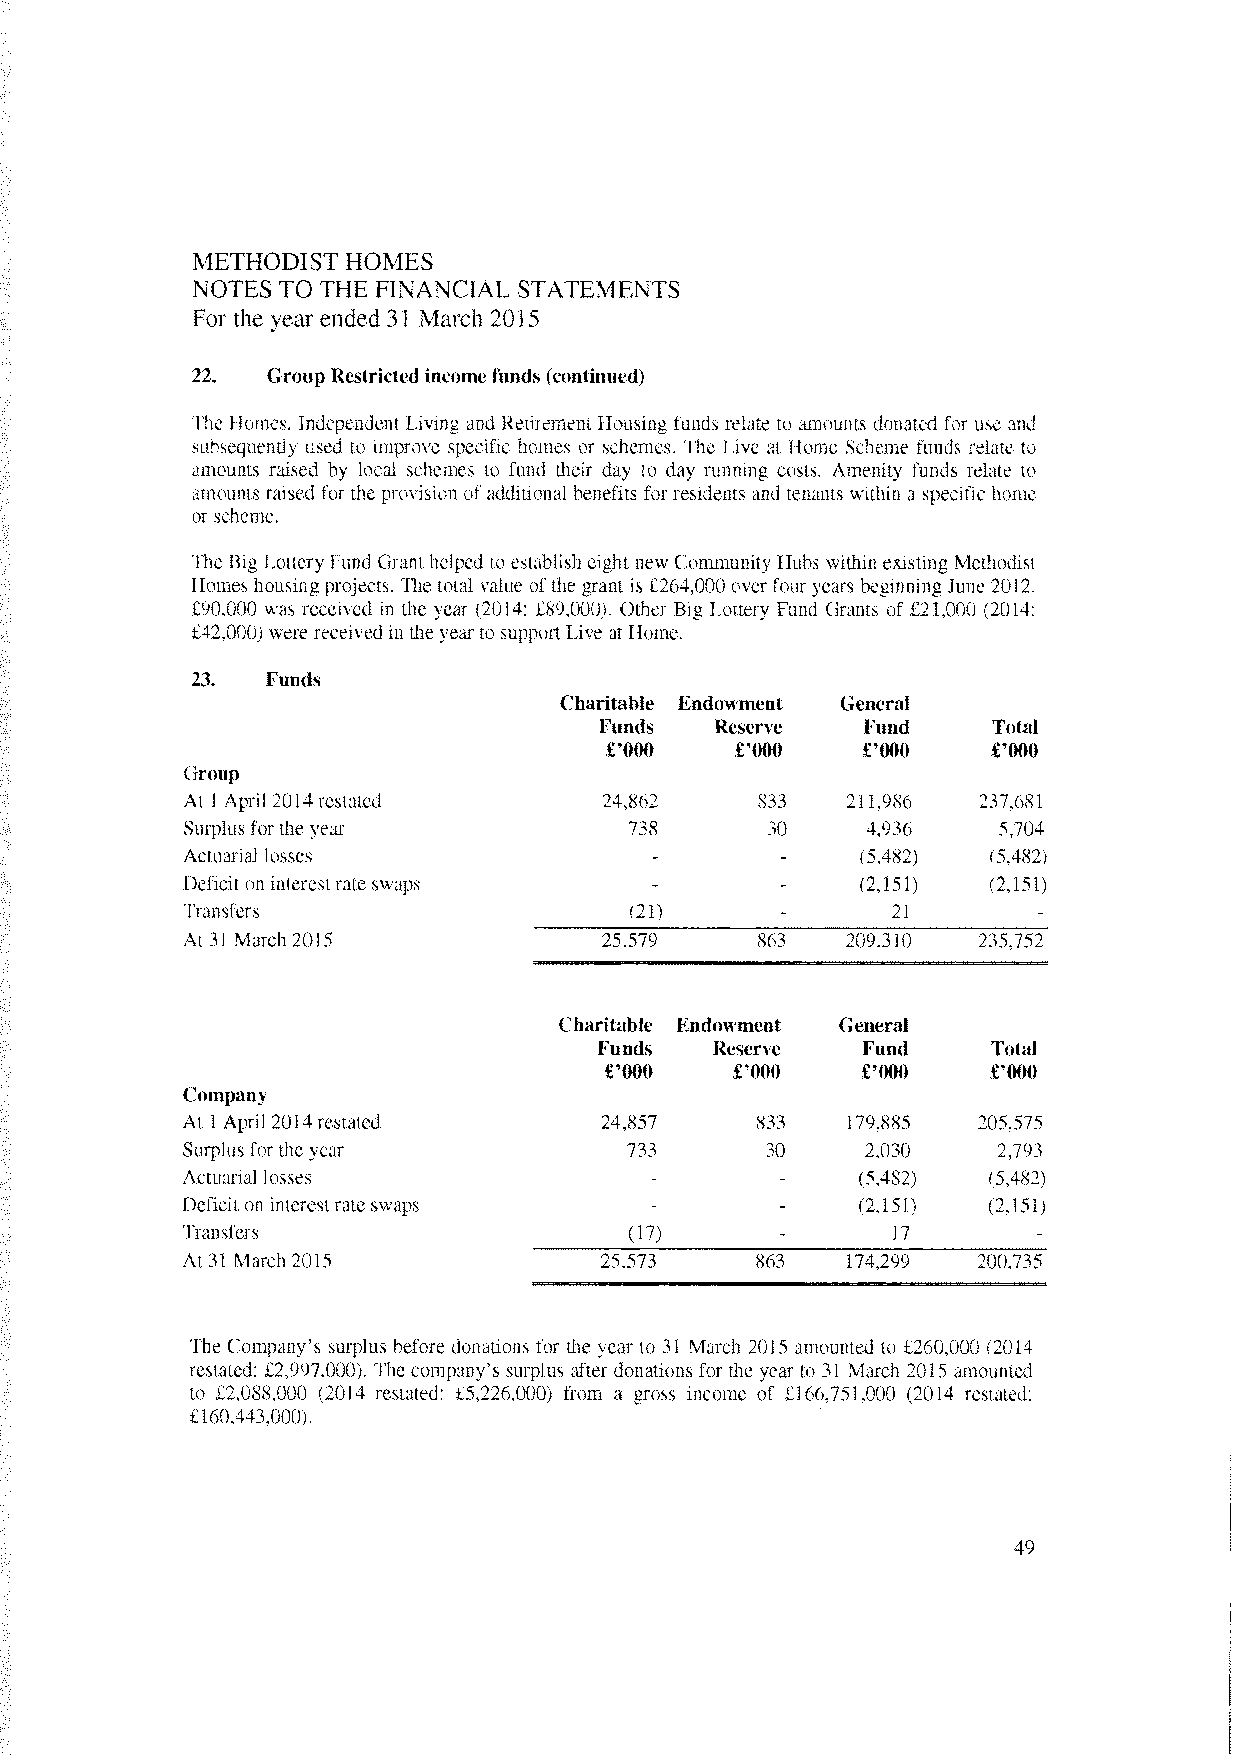
METHODIST HOMES
 NOTES TO THE FINANCIAL STATEMENTS
 For the year ended 31 March 2015
 22.  Group Restricted income funds (continued)
 The Ilonies, Independent I iong and Rettrement Housing funds relate to amounts donated for use and
 subsequently used to improve specific homes or schemes. The Lne at Home Scheme funds relate to
 amounts raised by local schemes to fund their day to day running costs. Amenity funds relate to
 amounts raised for the provision of additional benefits for residents and tenants within a specific home
 or scheme.
 The Big Lottery Fund Granthelped to establish eight new Community Hubs within existing Methodist
 Homes housing projects. The total value ofthe grant is £264,000 oer four years beginning June 2012.
 £90,000 was received in the year (2014: £89,000). Other Big Lottery Fund Grants of £21,000 (2014:
 £42,000) were received in the year to support Lie at Home.
 23.  Funds
 Charitable Endowment General
 Funds  Reserve   Fund     Total
 £‘OOO    £‘OOO   £‘OOO    £‘OOO
 Group
 At 1 April2014restated      24,862    833   211,986  237.681
 Surplus for the year          738      30    4,936    5,704
 Actuarial losses                             (5,482) (5,482)
 -
 1)eficit on interestrate swaps               (2,151) (2,151)
 -
 Transfers                     (21)             21
 At 31 March 2015            25,579    863   209,310  235,752
 Charitable Endowment General
 Funds  Reserve   Fund     Total
 £‘OOO    £‘OOO   £000    £‘OOO
 Company
 At 1 April 2014restated     24,857    833   179.885  205.575
 Surplus for theyear          733       30    2,030    2,793
 Actuarial losses                             (5,482) (5,482)
 -        -
 l)eficit on interestrate swaps               (2,151) (2,151)
 -        -
 Transfers                     (17)             17
 -                -
 At 31 March 2015            25,573    863   174,299  200,735
 The Company’s surplus before donations for the year to 31 March 2015 amounted to £260,000 (2014
 restated: £2,997,000) The company’s surplus after donations for the year to 31 March 2015 amounted
 to £2,088,000 (2014 restated: £5,226,000) from a gross income of £166,751,000 (2014 restated:
 £160,443,000).
 49